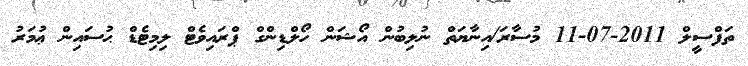
ތަފްސީލް 2011-07-11 މުސާރަ/އިނާޔަތް ނުލިބުން އޯޝަން ހޯލްޑިންގް ޕްރައިވެޓް ލިމިޓެޑް ޙުސައިން ޢުމަރު